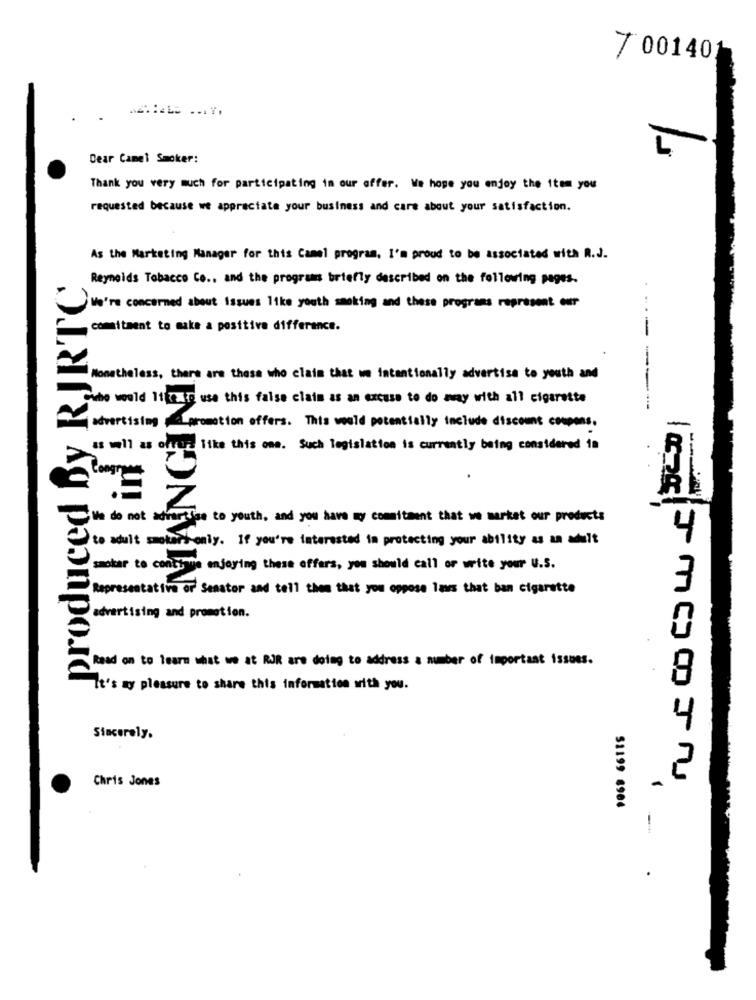
7 001401
Dear Camel Smoker:
Thank you very much for participating in our offer. We hope you enjoy the item you
requested because we appreciate your business and care about your satisfaction.
As the Marketing Manager for this Camel program. I'm proud to be associated with R.J.
produced By RJRTC
Reynolds Tobacco Co ., and the programs briefly described on the following pages.
We're concerned about issues like youth smoking and these programs represent our
comitment to make a positiva difference.
----
-
Nonetheless, there are those who claim that we intentionally advertise to youth and
Cwho would 11 2 30 use this false claim as an excuse to do away with all cigarette
advertising __ promotion offers. This would potentially include discount coupons.
as well as orty like this one. Such legislation is currently being considered 18
in
--
We do not adh
Rise to youth, and you have my commitment that we market our products
to adult smotory-only. If you're interested in protecting your ability as an adult
4
smoker to continue enjoying these offers, you should call or write your U.S.
Representative of Senator and tell them that you oppose laws that ban cigarette
advertising and promotion.
Read on to learn what we at RJR are doing to address a number of important issues.
It's my pleasure to share this information with you.
Sincerely.
Chris Jones
FMHOIN
51199 6984